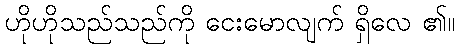
ဟိုဟိုသည်သည်ကို ငေးမောလျက် ရှိလေ ၏။